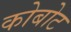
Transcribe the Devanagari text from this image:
कोबोट